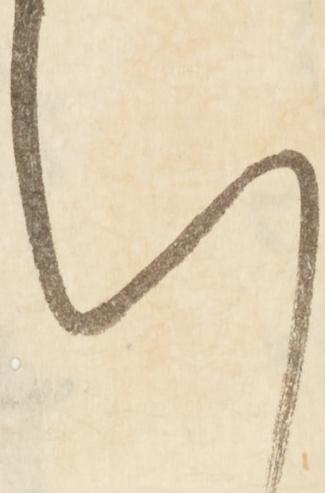
い